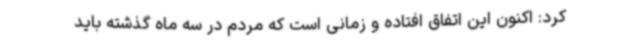
کرد: اکنون این اتفاق افتاده و زمانی است که مردم در سه ماه گذشته باید